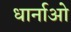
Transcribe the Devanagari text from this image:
धार्नाओ